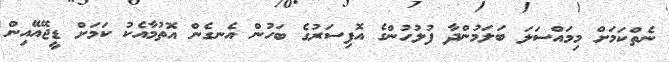
ނެތްކަމަށް މިމައްސަލަ ބަލަމުންދާ ފުލުހުންގެ އޮފިސަރުގެ ބަހުން އެނގެން އޮތުމާއެކު ކަމަށް ޑީޖޭއޭއިން